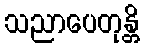
သညာပေတုန္တိ